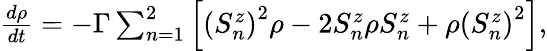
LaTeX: \begin{array}{r}{\frac{d\rho}{dt}=-\Gamma\sum_{n=1}^{2}\left[\left(S_{n}^{z}\right)^{2}\rho-2S_{n}^{z}\rho S_{n}^{z}+\rho\left(S_{n}^{z}\right)^{2}\right],}\end{array}